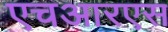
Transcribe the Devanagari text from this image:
एचआरएस